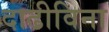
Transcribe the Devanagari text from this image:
दाढीविना